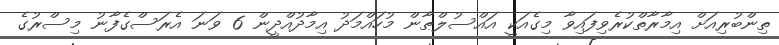
ތިންބުރިއަށް އިމާރާތްކުރެވިފައިވާ މިގެއަކީ އައްސުލްޠާން މުހައްމަދު އިމާދުއްދީން 6 ވަނަ އެރަސްގެފާނު މިސްރުގެ